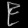
Digit: ၉